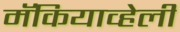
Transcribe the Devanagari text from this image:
मॅकियाव्हेली